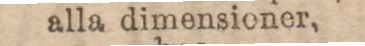
alla dimensioner,